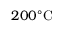
2 0 0 ^ { \circ } \mathrm { C }